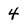
Character: 4